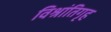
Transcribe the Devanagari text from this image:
विश्रांतिगृह